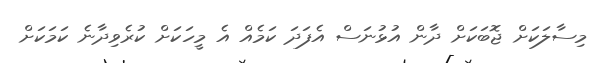
މިސާލަކަށް ޖޮބަކަށް ދާން އުޅުނަސް އެފަދަ ކަމެއް އެ މީހަކަށް ކުރެވިދާނެ ކަމަކަށް